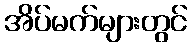
အိပ်မက်များတွင်